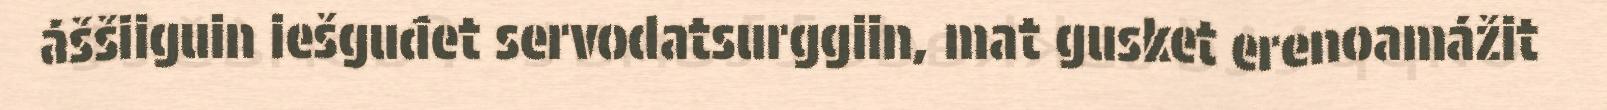
áššiiguin iešguđet servodatsurggiin, mat gusket erenoamážit